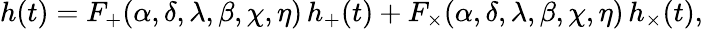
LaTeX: h(t)=F_{+}(\alpha,\delta,\lambda,\beta,\chi,\eta)\, h_{+}(t)+F_{\times}(\alpha,\delta,\lambda,\beta,\chi,\eta)\, h_{\times}(t),